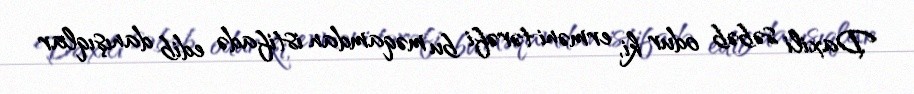
Daxili səbəb odur ki, erməni tərəfi bu məqamdan istifadə edib danışıqlar